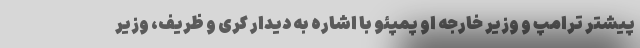
پیشتر ترامپ و وزیر خارجه او پمپئو با اشاره به دیدار کری و ظریف، وزیر